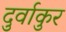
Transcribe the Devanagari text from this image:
दुर्वाकुर